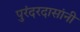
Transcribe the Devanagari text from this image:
पुरंदरदासांनी